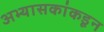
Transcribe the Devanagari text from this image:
अभ्यासकांकडून